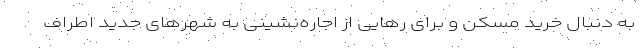
به دنبال خرید مسکن و برای رهایی از اجاره‌‌نشینی به شهرهای جدید اطراف